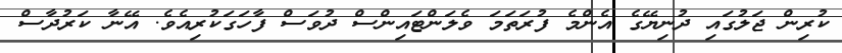
ކުރިން ޖަލުގައި ދުނިޔޭގެ އެންމެ ފުރަތަމަ ވެލަންޓައިންސް ދުވަސް ފާހަގަކުރިއެވެ. އޭނާ ކަރުދާސް